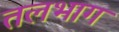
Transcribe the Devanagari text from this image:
तलभाग